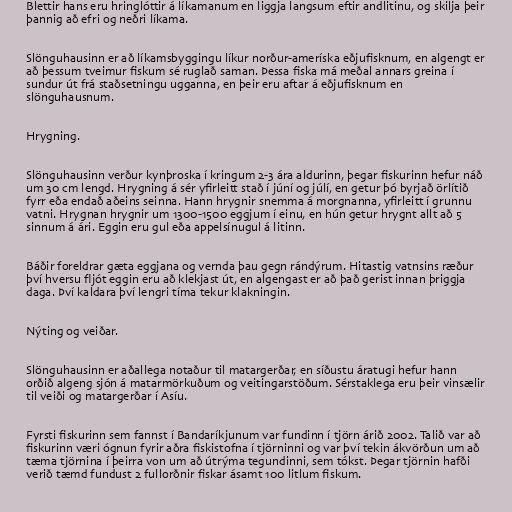
Blettir hans eru hringlóttir á líkamanum en liggja langsum eftir andlitinu, og skilja þeir
þannig að efri og neðri líkama.

Slönguhausinn er að líkamsbyggingu líkur norður-ameríska eðjufisknum, en algengt er
að þessum tveimur fiskum sé ruglað saman. Þessa fiska má meðal annars greina í
sundur út frá staðsetningu ugganna, en þeir eru aftar á eðjufisknum en
slönguhausnum.

Hrygning.

Slönguhausinn verður kynþroska í kringum 2-3 ára aldurinn, þegar fiskurinn hefur náð
um 30 cm lengd. Hrygning á sér yfirleitt stað í júní og júlí, en getur þó byrjað örlítið
fyrr eða endað aðeins seinna. Hann hrygnir snemma á morgnanna, yfirleitt í grunnu
vatni. Hrygnan hrygnir um 1300-1500 eggjum í einu, en hún getur hrygnt allt að 5
sinnum á ári. Eggin eru gul eða appelsínugul á litinn.

Báðir foreldrar gæta eggjana og vernda þau gegn rándýrum. Hitastig vatnsins ræður
því hversu fljót eggin eru að klekjast út, en algengast er að það gerist innan þriggja
daga. Því kaldara því lengri tíma tekur klakningin.

Nýting og veiðar.

Slönguhausinn er aðallega notaður til matargerðar, en síðustu áratugi hefur hann
orðið algeng sjón á matarmörkuðum og veitingarstöðum. Sérstaklega eru þeir vinsælir
til veiði og matargerðar í Asíu.

Fyrsti fiskurinn sem fannst í Bandaríkjunum var fundinn í tjörn árið 2002. Talið var að
fiskurinn væri ógnun fyrir aðra fiskistofna í tjörninni og var því tekin ákvörðun um að
tæma tjörnina í þeirra von um að útrýma tegundinni, sem tókst. Þegar tjörnin hafði
verið tæmd fundust 2 fullorðnir fiskar ásamt 100 litlum fiskum.